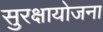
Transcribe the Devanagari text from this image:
सुरक्षायोजना